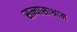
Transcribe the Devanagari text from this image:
सन्यासाश्राम